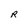
Character: R